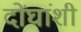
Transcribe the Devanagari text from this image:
दोंघांशी